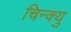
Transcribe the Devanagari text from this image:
चिन्क्यु